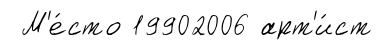
М'е́сто 19902006 арт'и́ст